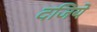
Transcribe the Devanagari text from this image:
दजिये